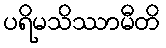
ပရိမသိဿာမီတိ